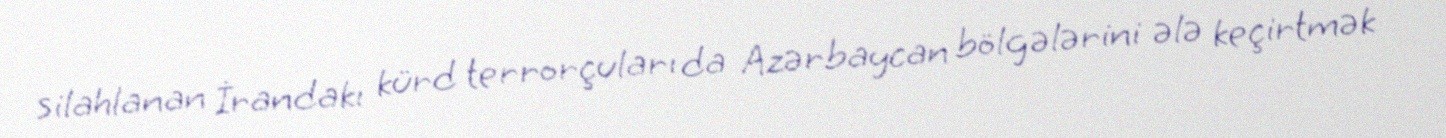
silahlanan İrandakı kürd terrorçuları da Azərbaycan bölgələrini ələ keçirtmək